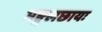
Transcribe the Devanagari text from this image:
मङ्गलछायः